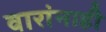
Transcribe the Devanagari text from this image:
वारांनाही